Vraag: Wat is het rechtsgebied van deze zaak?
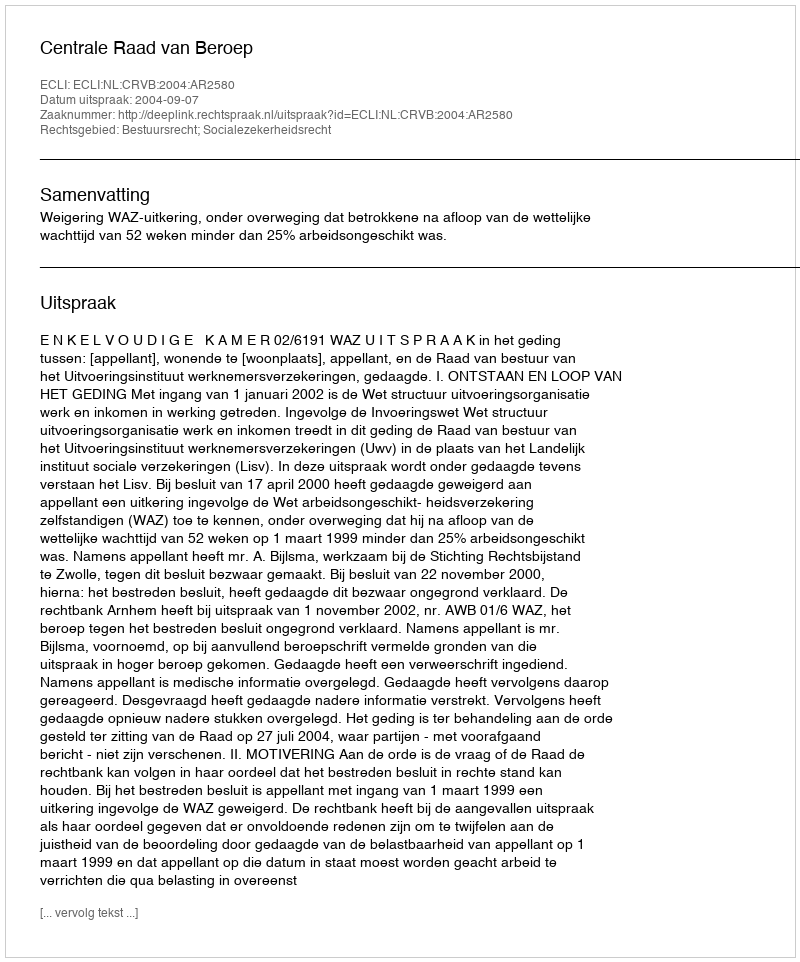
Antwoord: Bestuursrecht; Socialezekerheidsrecht